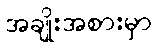
အချိုးအစားမှာ